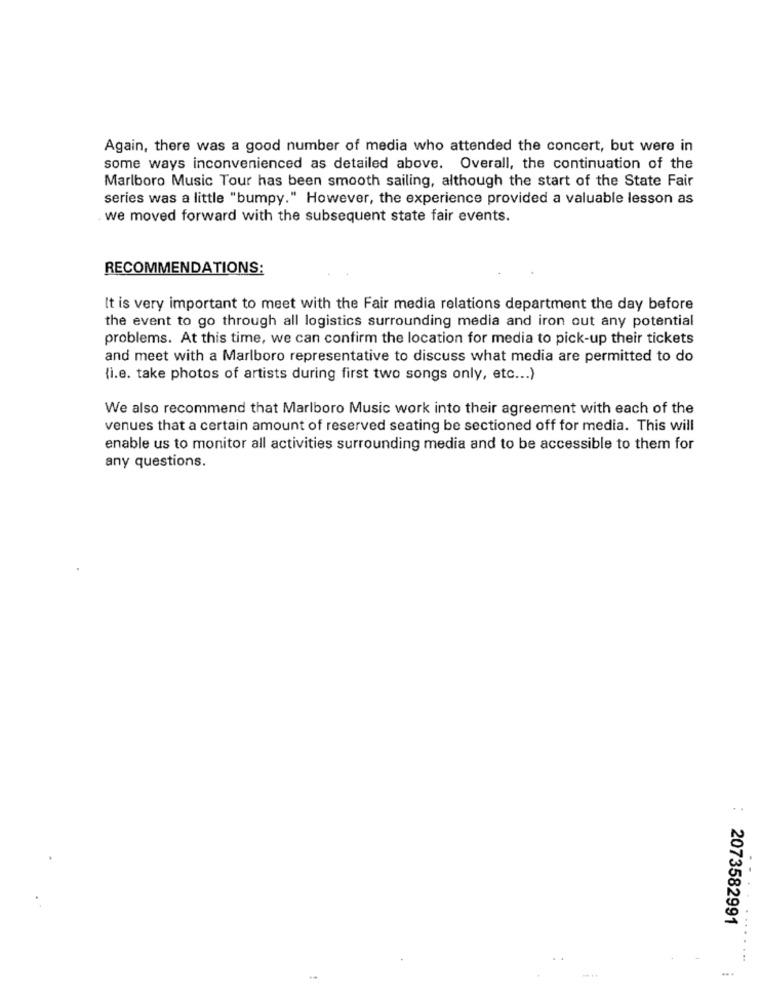
Again, there was a good number of media who attended the concert, but were in
some ways inconvenienced as detailed above. Overall, the continuation of the
Marlboro Music Tour has been smooth sailing, although the start of the State Fair
series was a little "bumpy." However, the experience provided a valuable lesson as
we moved forward with the subsequent state fair events.
RECOMMENDATIONS:
It is very important to meet with the Fair media relations department the day before
the event to go through all logistics surrounding media and iron out any potential
problems. At this time, we can confirm the location for media to pick-up their tickets
and meet with a Marlboro representative to discuss what media are permitted to do
(i.e. take photos of artists during first two songs only, etc ... )
We also recommend that Marlboro Music work into their agreement with each of the
venues that a certain amount of reserved seating be sectioned off for media. This will
enable us to monitor all activities surrounding media and to be accessible to them for
any questions.
2073582991